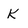
Character: K